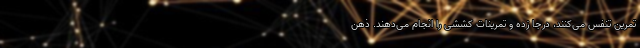
تمرین تنفس می‌کنند، درجا زده و تمرینات کششی را انجام می‌دهند. ذهن